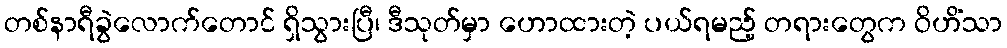
တစ်နာရီခွဲလောက်တောင် ရှိသွားပြီ၊ ဒီသုတ်မှာ ဟောထားတဲ့ ပယ်ရမည့် တရားတွေက ဝိဟိံသာ